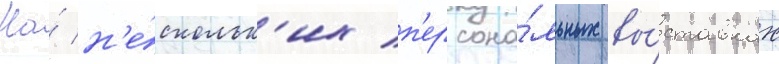
На́ н'е́скольк'их п'ерсона́льных вы́ставках